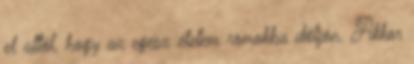
el attól, hogy az egész életem romokba dőljön. Akkor